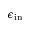
\epsilon _ { \mathrm { i n } }